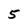
Character: 5